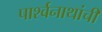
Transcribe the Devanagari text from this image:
पार्श्वनाथांची